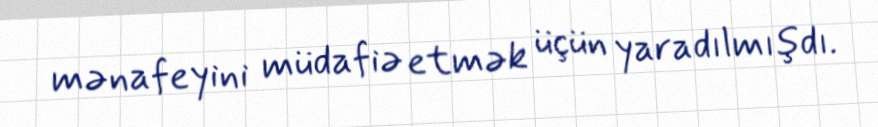
mənafeyini müdafiə etmək üçün yaradılmışdı.